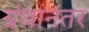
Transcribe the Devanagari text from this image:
ग्रंथानंतर